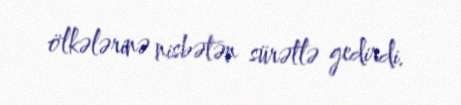
ölkələrinə nisbətən sürətlə gedirdi.